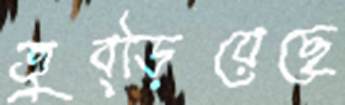
তুব্‌ড়িয়েছে